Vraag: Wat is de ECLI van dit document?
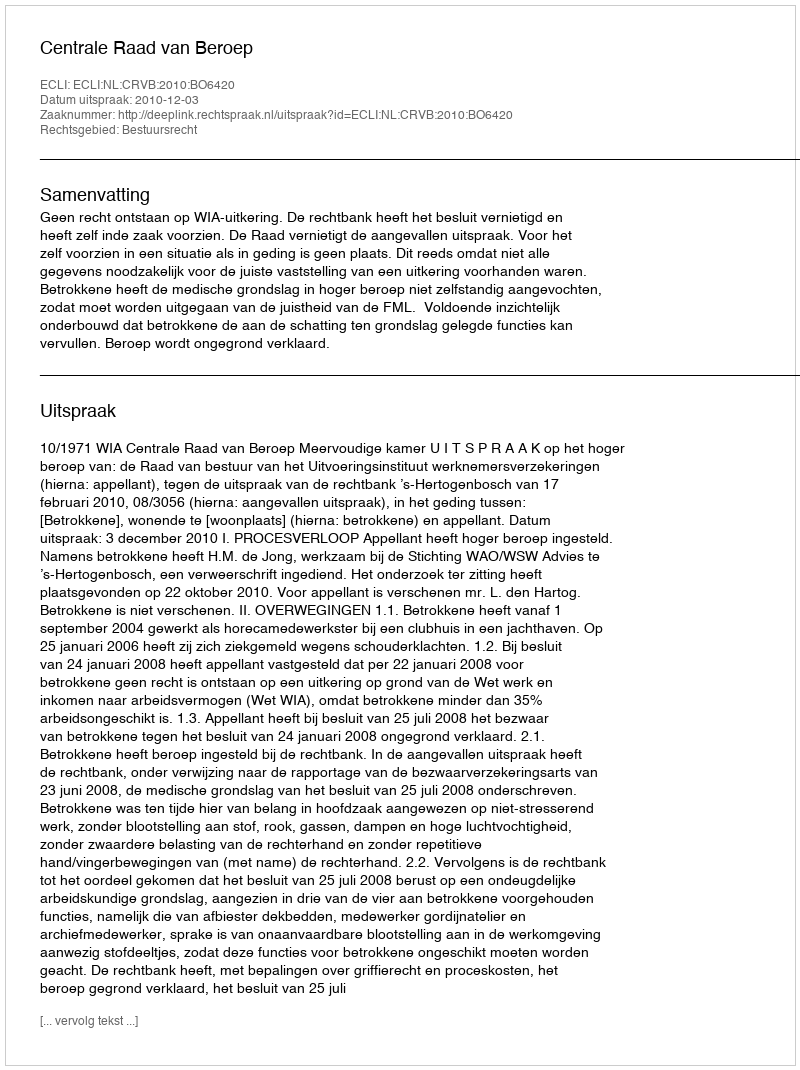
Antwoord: ECLI:NL:CRVB:2010:BO6420